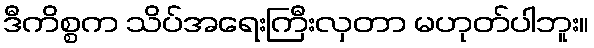
ဒီကိစ္စက သိပ်အရေးကြီးလှတာ မဟုတ်ပါဘူး။